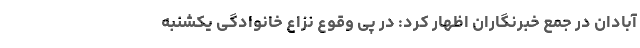
آبادان در جمع خبرنگاران اظهار کرد: در پی وقوع نزاع خانوادگی یکشنبه